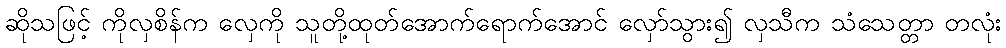
ဆိုသဖြင့် ကိုလှစိန်က လှေကို သူတို့ထုတ်အောက်ရောက်အောင် လှော်သွား၍ လှသီက သံသေတ္တာ တလုံး